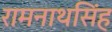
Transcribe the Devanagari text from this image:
रामनाथसिंह